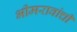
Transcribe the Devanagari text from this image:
भीमरावांची